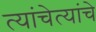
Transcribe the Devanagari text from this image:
त्यांचेत्यांचे